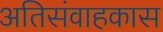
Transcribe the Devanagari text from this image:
अतिसंवाहकास